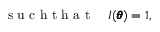
\mathrm { ~ s ~ u ~ c ~ h ~ t ~ h ~ a ~ t ~ } \quad I ( \pmb \theta ) = 1 ,